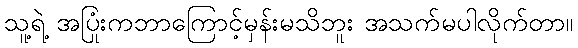
သူ့ရဲ့ အပြုံးကဘာကြောင့်မှန်းမသိဘူး အသက်မပါလိုက်တာ။